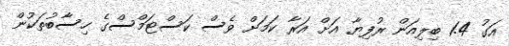
އަގު 1.4 ބިލިއަން ރުފިޔާ އަށް އަރާ ކަމަށް ވެސް ކަސްޓަމްސްގެ ހިސާބުތަކުން